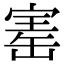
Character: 寚